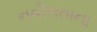
નવીનતાના